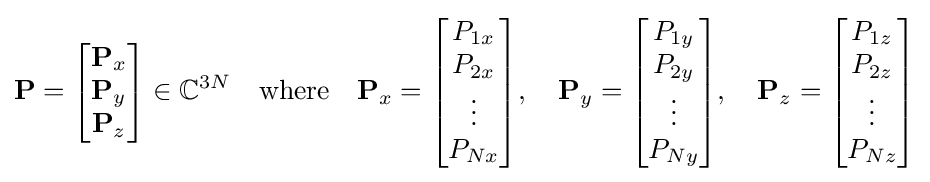
\mathbf {P} ={\begin{bmatrix}\mathbf {P} _{x}\\\mathbf {P} _{y}\\\mathbf {P} _{z}\end{bmatrix}}\in \mathbb {C} ^{3N}\quad {\text{where}}\quad \mathbf {P} _{x}={\begin{bmatrix}P_{1x}\\P_{2x}\\\vdots \\P_{Nx}\end{bmatrix}},\quad \mathbf {P} _{y}={\begin{bmatrix}P_{1y}\\P_{2y}\\\vdots \\P_{Ny}\end{bmatrix}},\quad \mathbf {P} _{z}={\begin{bmatrix}P_{1z}\\P_{2z}\\\vdots \\P_{Nz}\end{bmatrix}}